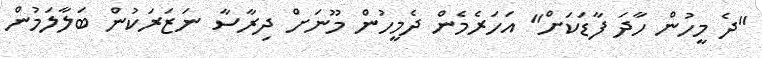
"ދެ މީހުން ހާދަ ފާޑަކަށް" އަހަރެމެން ދެމީހުން މޫނަށް ދިރާސާ ނަޒަރަކުން ބަލާލަމުން